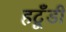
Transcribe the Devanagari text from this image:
हटूँडी